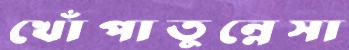
খোঁপাতুন্নেসা